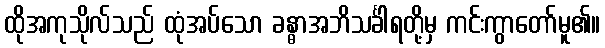
ထိုအကုသိုလ်သည် ထုံအပ်သော ခန္ဓာအဘိသင်္ခါရတို့မှ ကင်းကွာတော်မူ၏။